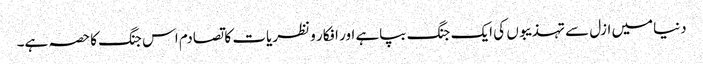
دنیامیں ازل سے تہذیبوں کی ایک جنگ بپاہے اور افکار و نظریات کا تصادم اس جنگ کا حصہ ہے۔